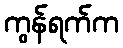
ကွန်ရက်က